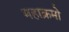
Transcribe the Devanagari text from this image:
महाक्रमो